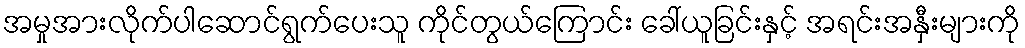
အမှုအားလိုက်ပါဆောင်ရွက်ပေးသူ ကိုင်တွယ်ကြောင်း ခေါ်ယူခြင်းနှင့် အရင်းအနှီးများကို